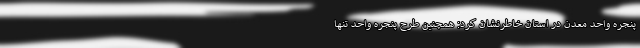
پنجره واحد معدن در استان خاطرنشان کرد: همچنین طرح پنجره واحد تنها